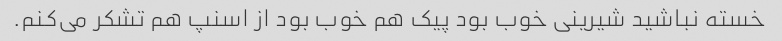
خسته نباشید شیرینی خوب بود پیک هم خوب بود از اسنپ هم تشکر می‌کنم.